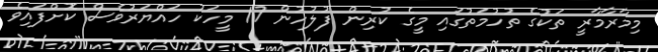
މިމާރާމާރީ ތަކުގެ ތުހުމަތުގައި މީގެ ކުރިން ފުލުހުން 17 މީހަކު ހައްޔަރުވެސް ކޮށްފައިވެ